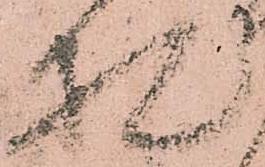
札